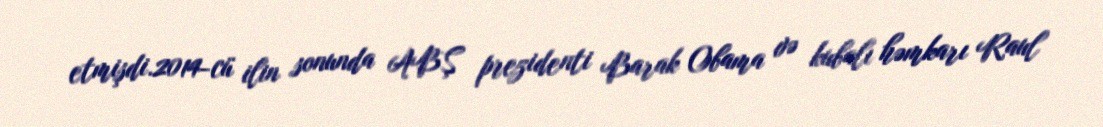
etmişdi.2014-cü ilin sonunda ABŞ prezidenti Barak Obama və kubalı həmkarı Raul